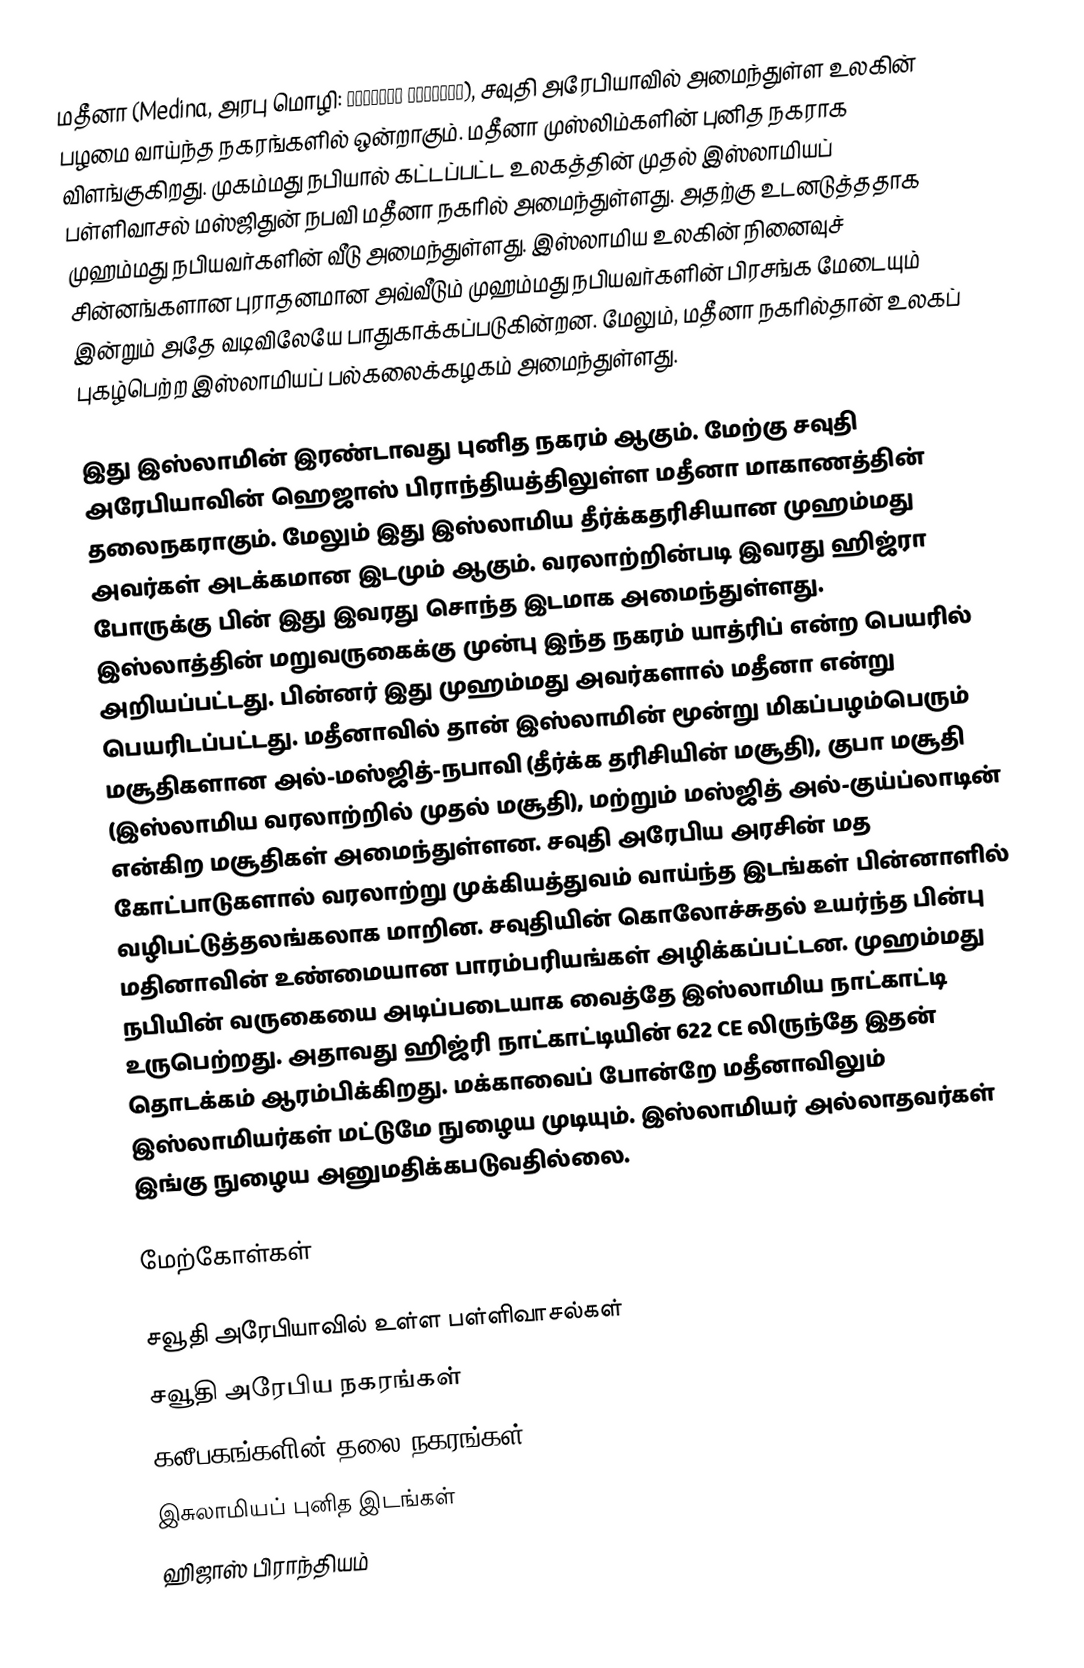
மதீனா (Medina, அரபு மொழி: المدينة المنورة), சவுதி அரேபியாவில் அமைந்துள்ள உலகின் பழமை வாய்ந்த நகரங்களில் ஒன்றாகும். மதீனா முஸ்லிம்களின் புனித நகராக விளங்குகிறது. முகம்மது நபியால் கட்டப்பட்ட உலகத்தின் முதல் இஸ்லாமியப் பள்ளிவாசல் மஸ்ஜிதுன் நபவி மதீனா நகரில் அமைந்துள்ளது. அதற்கு உடனடுத்ததாக முஹம்மது நபியவர்களின் வீடு அமைந்துள்ளது. இஸ்லாமிய உலகின் நினைவுச் சின்னங்களான புராதனமான அவ்வீடும் முஹம்மது நபியவர்களின் பிரசங்க மேடையும் இன்றும் அதே வடிவிலேயே பாதுகாக்கப்படுகின்றன. மேலும், மதீனா நகரில்தான் உலகப் புகழ்பெற்ற இஸ்லாமியப் பல்கலைக்கழகம் அமைந்துள்ளது.

இது இஸ்லாமின் இரண்டாவது புனித நகரம் ஆகும். மேற்கு சவுதி அரேபியாவின் ஹெஜாஸ் பிராந்தியத்திலுள்ள மதீனா மாகாணத்தின் தலைநகராகும். மேலும் இது இஸ்லாமிய தீர்க்கதரிசியான முஹம்மது அவர்கள் அடக்கமான இடமும் ஆகும். வரலாற்றின்படி இவரது ஹிஜ்ரா போருக்கு பின் இது இவரது சொந்த இடமாக அமைந்துள்ளது. இஸ்லாத்தின் மறுவருகைக்கு முன்பு இந்த நகரம் யாத்ரிப் என்ற பெயரில் அறியப்பட்டது. பின்னர் இது முஹம்மது அவர்களால் மதீனா என்று பெயரிடப்பட்டது. மதீனாவில் தான் இஸ்லாமின் மூன்று மிகப்பழம்பெரும் மசூதிகளான அல்-மஸ்ஜித்-நபாவி (தீர்க்க தரிசியின் மசூதி), குபா மசூதி (இஸ்லாமிய வரலாற்றில் முதல் மசூதி), மற்றும் மஸ்ஜித் அல்-குய்ப்லாடின் என்கிற மசூதிகள் அமைந்துள்ளன. சவுதி அரேபிய அரசின் மத கோட்பாடுகளால் வரலாற்று முக்கியத்துவம் வாய்ந்த இடங்கள் பின்னாளில் வழிபட்டுத்தலங்கலாக மாறின. சவுதியின் கொலோச்சுதல் உயர்ந்த பின்பு மதினாவின் உண்மையான பாரம்பரியங்கள் அழிக்கப்பட்டன. முஹம்மது நபியின் வருகையை அடிப்படையாக வைத்தே இஸ்லாமிய நாட்காட்டி உருபெற்றது. அதாவது ஹிஜ்ரி நாட்காட்டியின் 622 CE லிருந்தே இதன் தொடக்கம் ஆரம்பிக்கிறது. மக்காவைப் போன்றே மதீனாவிலும் இஸ்லாமியர்கள் மட்டுமே நுழைய முடியும். இஸ்லாமியர் அல்லாதவர்கள் இங்கு நுழைய அனுமதிக்கபடுவதில்லை.

மேற்கோள்கள்

சவூதி அரேபியாவில் உள்ள பள்ளிவாசல்கள்
சவூதி அரேபிய நகரங்கள்
கலீபகங்களின் தலை நகரங்கள்
இசுலாமியப் புனித இடங்கள்
ஹிஜாஸ் பிராந்தியம்